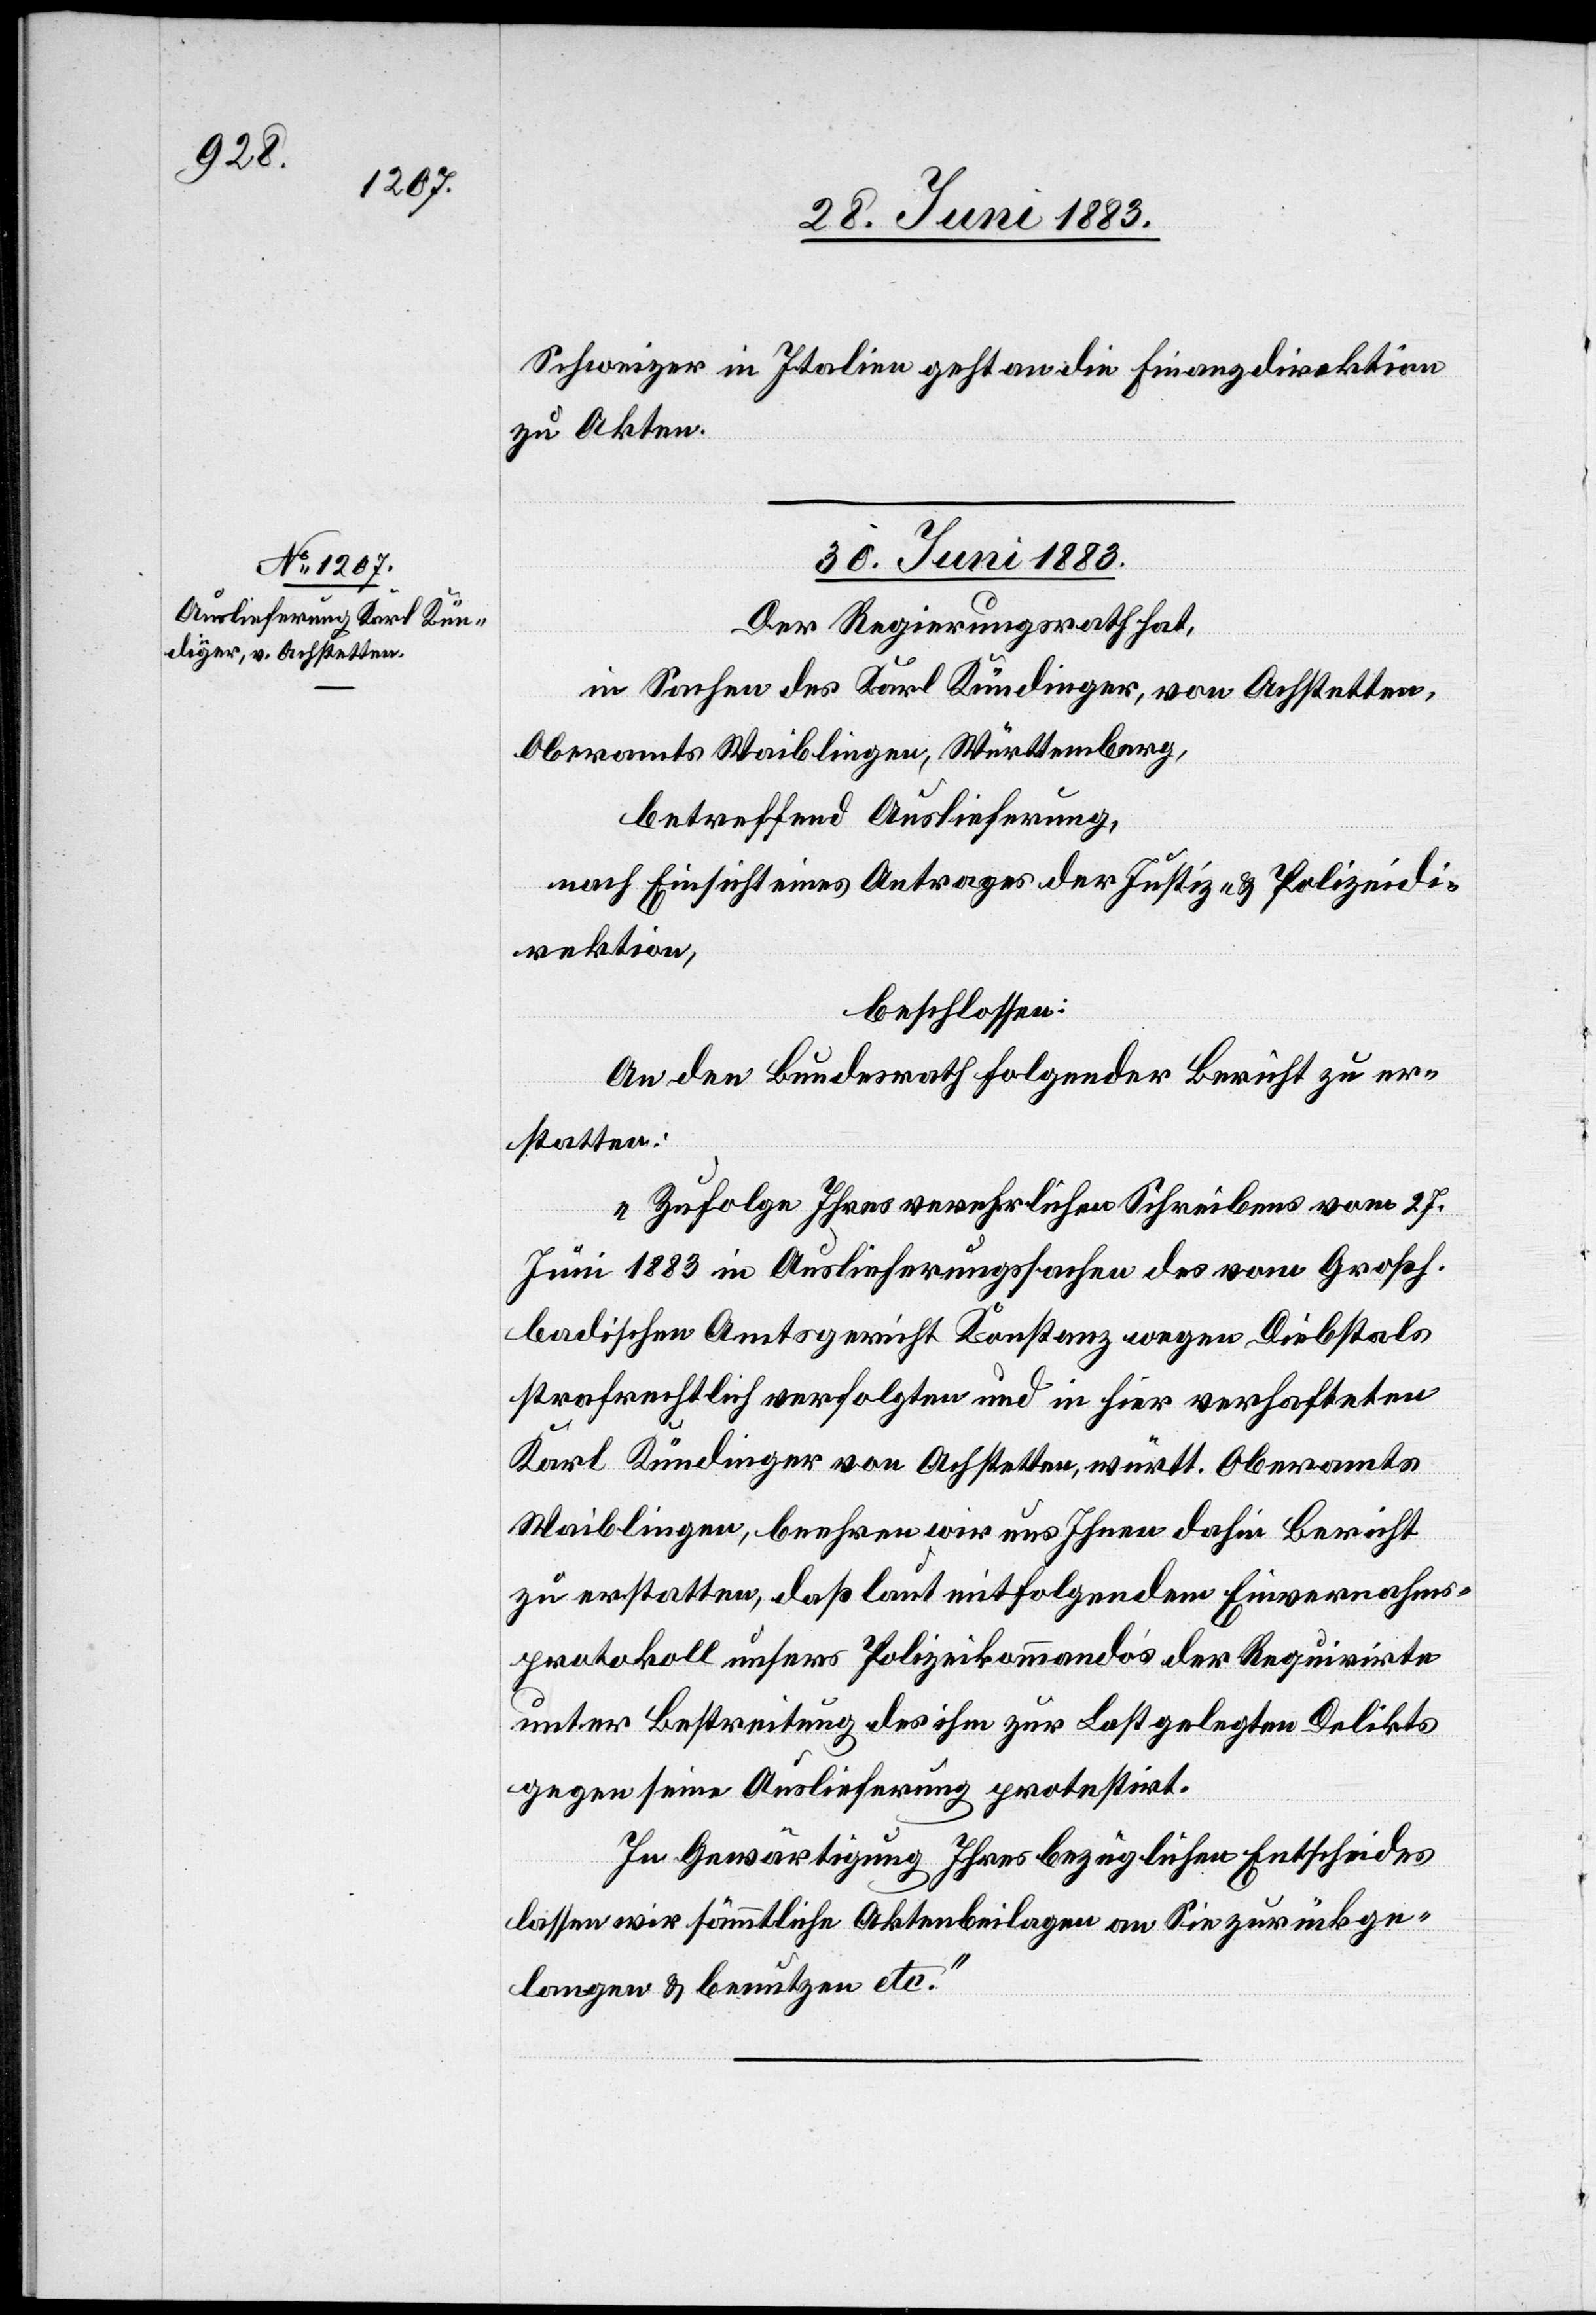
Schweizer in Italien geht an die Finanzdirektion
zu Akten.
30. Juni 1883.
Der Regierungsrath hat,
in Sachen des Karl Kündinger, von Achstetten,
Oberamts Waiblingen, Württemberg,
betreffend Auslieferung,
nach Einsicht eines Antrages der Justiz- & Polizeidi¬
rektion,
beschlossen:
An den Bundesrath folgender [sic!] Bericht zu er¬
statten:
„Zufolge Ihres verehrlichen Schreibens vom 27.
Juni 1883 in Auslieferungssachen des vom Großh.
badischen Amtsgericht Konstanz wegen Diebstals
strafrechtlich verfolgten und in hier verhafteten
Karl Kündinger von Achstetten, württ. Oberamts
Waiblingen, beehren wir uns Ihnen dahin Bericht
zu erstatten, daß laut mitfolgendem Einvernahms¬
protokoll unseres Polizeikommando’s der Requirirte
unter Bestreitung des ihm zur Last gelegten Delikts
gegen seine Auslieferung protestirt.
In Gewärtigung Ihres bezüglichen Entscheides
lassen wir sämmtliche Aktenbeilagen an Sie zurückge¬
langen & benutzen etc.“